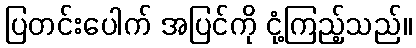
ပြတင်းပေါက် အပြင်ကို ငုံ့ကြည့်သည်။